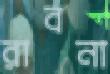
রাবনা